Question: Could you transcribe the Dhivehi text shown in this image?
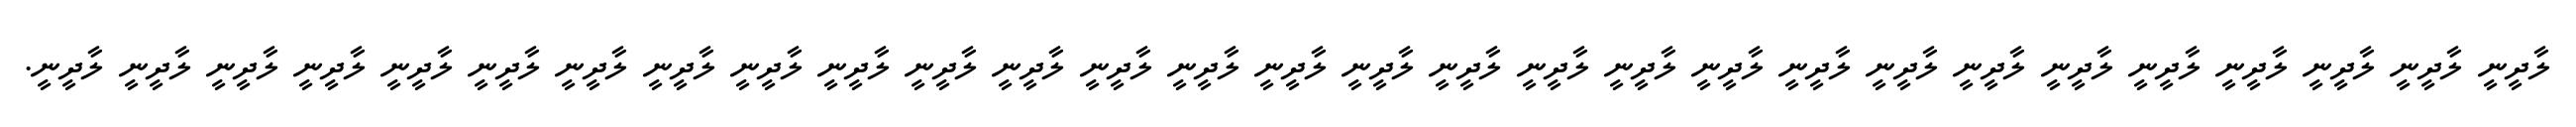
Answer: ލާދީނީ ލާދީނީ ލާދީނީ ލާދީނީ ލާދީނީ ލާދީނީ ލާދީނީ ލާދީނީ ލާދީނީ ލާދީނީ ލާދީނީ ލާދީނީ ލާދީނީ ލާދީނީ ލާދީނީ ލާދީނީ ލާދީނީ ލާދީނީ ލާދީނީ ލާދީނީ ލާދީނީ ލާދީނީ ލާދީނީ ލާދީނީ ލާދީނީ ލާދީނީ ލާދީނީ ލާދީނީ ލާދީނީ.